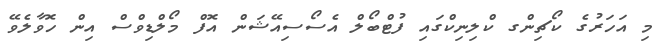
މި އަހަރުގެ ކޯޗިންގ ކްލިނިކްގައި ފުޓްބޯލް އެސޯސިއޭޝަން އޮފް މޯލްޑިވްސް އިން ހޮވާލެވޭ